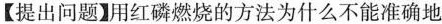
【提出问题】用红磷燃烧的方法为什么不能准确地